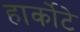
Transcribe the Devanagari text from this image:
हार्कोटे